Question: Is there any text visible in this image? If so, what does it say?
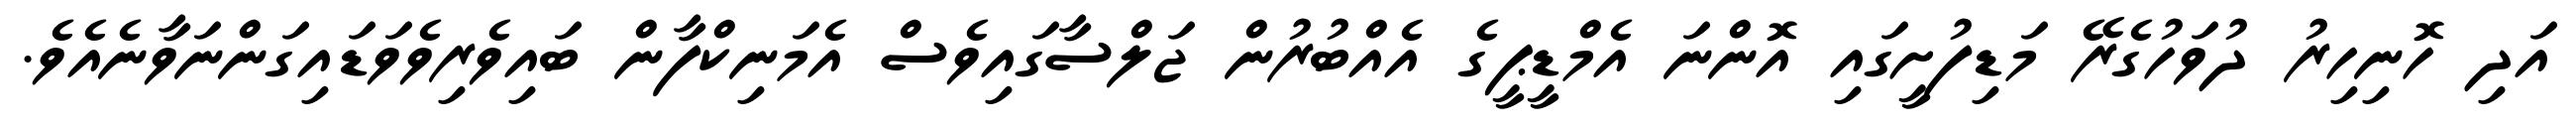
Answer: އަދި ހޮނިހިރު ދުވަހުގެރޭ މަޑިފުށީގައި އޮންނަ އެމްޑީޕީގެ އެއްބުރުން ޖަލްސާގައިވެސް އެމަނިކްފާން ބައިވެރިވެވަޑައިގަންނަވާނެއެވެ.